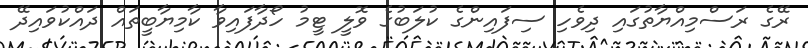
ރޭގެ ރަސްމިއްޔާތުގައި ދިވެހި ސިފައިންގެ ކުލަބުގެ ވޮލީ ޓީމު ހޯދާފައިވާ ކާމިޔާބީތައް ދައްކުވައިދޭ